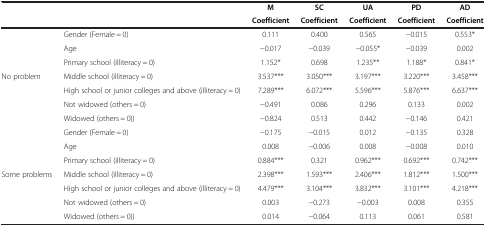
|  |  | M | SC | UA | PD | AD |
 |  |  | Coefficient | Coefficient | Coefficient | Coefficient | Coefficient |
 | --- | --- | --- | --- | --- | --- | --- |
 | <ROWSPAN=7> No problem | Gender (Female = 0) | 0.111 | 0.400 | 0.565 | -0.015 | 0.553* |
 | Age | -0.017 | -0.039 | -0.055* | -0.039 | 0.002 |
 | Primary school (illiteracy = 0) | 1.152* | 0.698 | 1.235** | 1.188* | 0.841* |
 | Middle school (illiteracy = 0) | 3.537*** | 3.050*** | 3.197*** | 3.220*** | 3.458*** |
 | High school or junior colleges and above (illiteracy = 0) | 7.289*** | 6.072*** | 5.596*** | 5.876*** | 6.637*** |
 | Not widowed (others = 0) | -0.491 | 0.086 | 0.296 | 0.133 | 0.002 |
 | Widowed (others = 0)) | -0.824 | 0.513 | 0.442 | -0.146 | 0.421 |
 | <ROWSPAN=7> Some problems | Gender (Female = 0) | -0.175 | -0.015 | 0.012 | -0.135 | 0.328 |
 | Age | 0.008 | -0.006 | 0.008 | -0.008 | 0.010 |
 | Primary school (illiteracy = 0) | 0.884*** | 0.321 | 0.962*** | 0.692*** | 0.742*** |
 | Middle school (illiteracy = 0) | 2.398*** | 1.593*** | 2.406*** | 1.812*** | 1.500*** |
 | High school or junior colleges and above (illiteracy = 0) | 4.479*** | 3.104*** | 3.832*** | 3.101*** | 4.218*** |
 | Not widowed (others = 0) | 0.003 | -0.273 | -0.003 | 0.008 | 0.355 |
 | Widowed (others = 0)) | 0.014 | -0.064 | 0.113 | 0.061 | 0.581 |